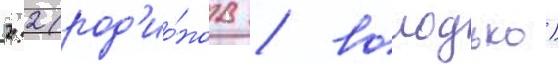
2:2 (род'ио́нов / володько)